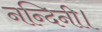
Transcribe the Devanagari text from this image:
नन्दिनी।